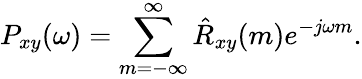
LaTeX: P_{xy}(\omega)=\sum_{m=-\infty}^{\infty}{\hat{R}}_{xy}(m)e^{-j\omega m}.